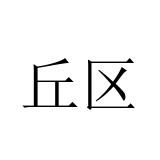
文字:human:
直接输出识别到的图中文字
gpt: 丘区